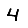
Digit: 4